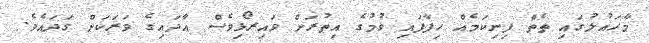
މާހައުލުގައި ތެތް ފިނިކަމެއް ހިފާފައި ވުމުގެ އިތުރަށް ވައިރޯޅިވެސް އާދައިގެ ވަރަކަށް ގަދައެވެ.